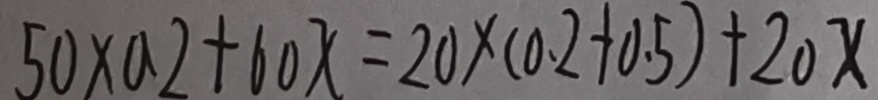
5 0 \times 0 . 2 + 6 0 x = 2 0 \times ( 0 . 2 + 0 . 5 ) + 2 0 x